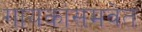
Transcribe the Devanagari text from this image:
गायकांसमवेत